Report of the Bombay Veterinary College
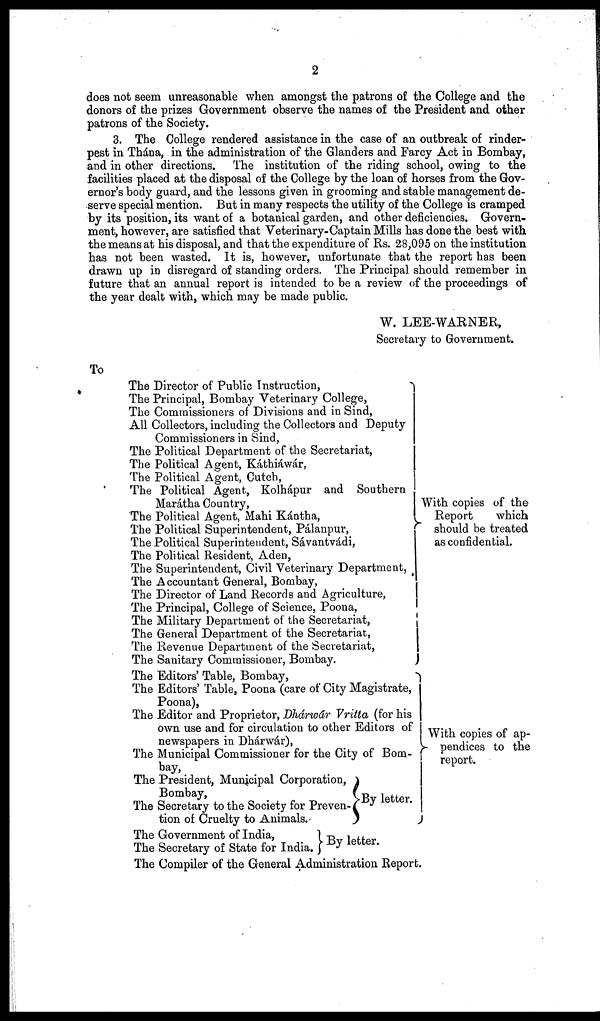
2
does not seem unreasonable when amongst the patrons of the College and the
donors of the prizes Government observe the names of the President and other
patrons of the Society.
3. The College rendered assistance in the case of an outbreak of rinder-
pest in Thána, in the administration of the Glanders and Farcy Act in Bombay,
and in other directions. The institution of the riding school, owing to the
facilities placed at the disposal of the College by the loan of horses from the Gov-
ernor's body guard, and the lessons given in grooming and stable management de-
serve special mention. But in many respects the utility of the College is cramped
by its position, its want of a botanical garden, and other deficiencies. Govern-
ment, however, are satisfied that Veterinary-Captain Mills has done the best with
the means at his disposal, and that the expenditure of Rs. 28,095 on the institution
has not been wasted. It is, however, unfortunate that the report has been
drawn up in disregard of standing orders. The Principal should remember in
future that an annual report is intended to be a review of the proceedings of
the year dealt with, which may be made public.
W. LEE-WARNER,
Secretary to Government.
To
The Director of Public Instruction,
The Principal, Bombay Veterinary College,
The Commissioners of Divisions and in Sind,
All Collectors, including the Collectors and Deputy
Commissioners in Sind,
The Political Department of the Secretariat,
The Political Agent, Káthiáwár,
The Political Agent, Cutch,
The Political Agent, Kolhápur and Southern
Marátha Country,
The Political Agent, Mahi Kántha,
The Political Superintendent, Pálanpur,
The Political Superintendent, Sávantvádi,
The Political Resident, Aden,
The Superintendent, Civil Veterinary Department,
The Accountant General, Bombay,
The Director of Land Records and Agriculture,
The Principal, College of Science, Poona,
The Military Department of the Secretariat,
The General Department of the Secretariat,
The Revenue Department of the Secretariat,
The Sanitary Commissioner, Bombay.
With copies of the
Report
which
should be treated
as confidential.
The Editors' Table, Bombay,
The Editors' Table, Poona (care of City Magistrate,
Poona),
The Editor and Proprietor, Dhárwár Vritta (for his
own use and for circulation to other Editors of
newspapers in Dhárwár),
The Municipal Commissioner for the City of Bom-
bay,
The President, Municipal Corporation,
Bombay,
The Secretary to the Society for Preven-
tion of Cruelty to Animals.
By letter.
With copies of ap-
pendices to the
report.
The Government of India,
The Secretary of State for India.
By letter.
The Compiler of the General Administration Report.